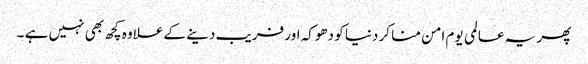
پھر یہ عالمی یوم امن منا کر دنیا کو دھوکہ اور فریب دینے کے علاوہ کچھ بھی نہیں ہے ۔